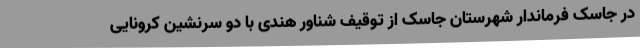
در جاسک فرماندار شهرستان جاسک از توقیف شناور هندی با دو سرنشین کرونایی